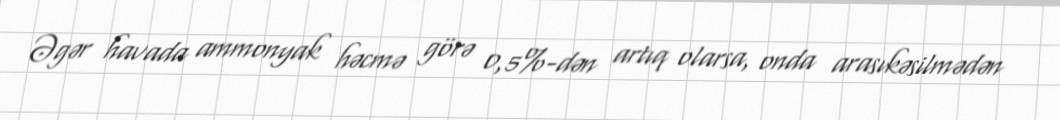
Əgər havada ammonyak həcmə görə 0,5%-dən artıq olarsa, onda arasıkəsilmədən